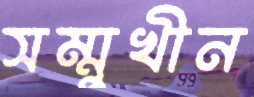
সম্মুখীন